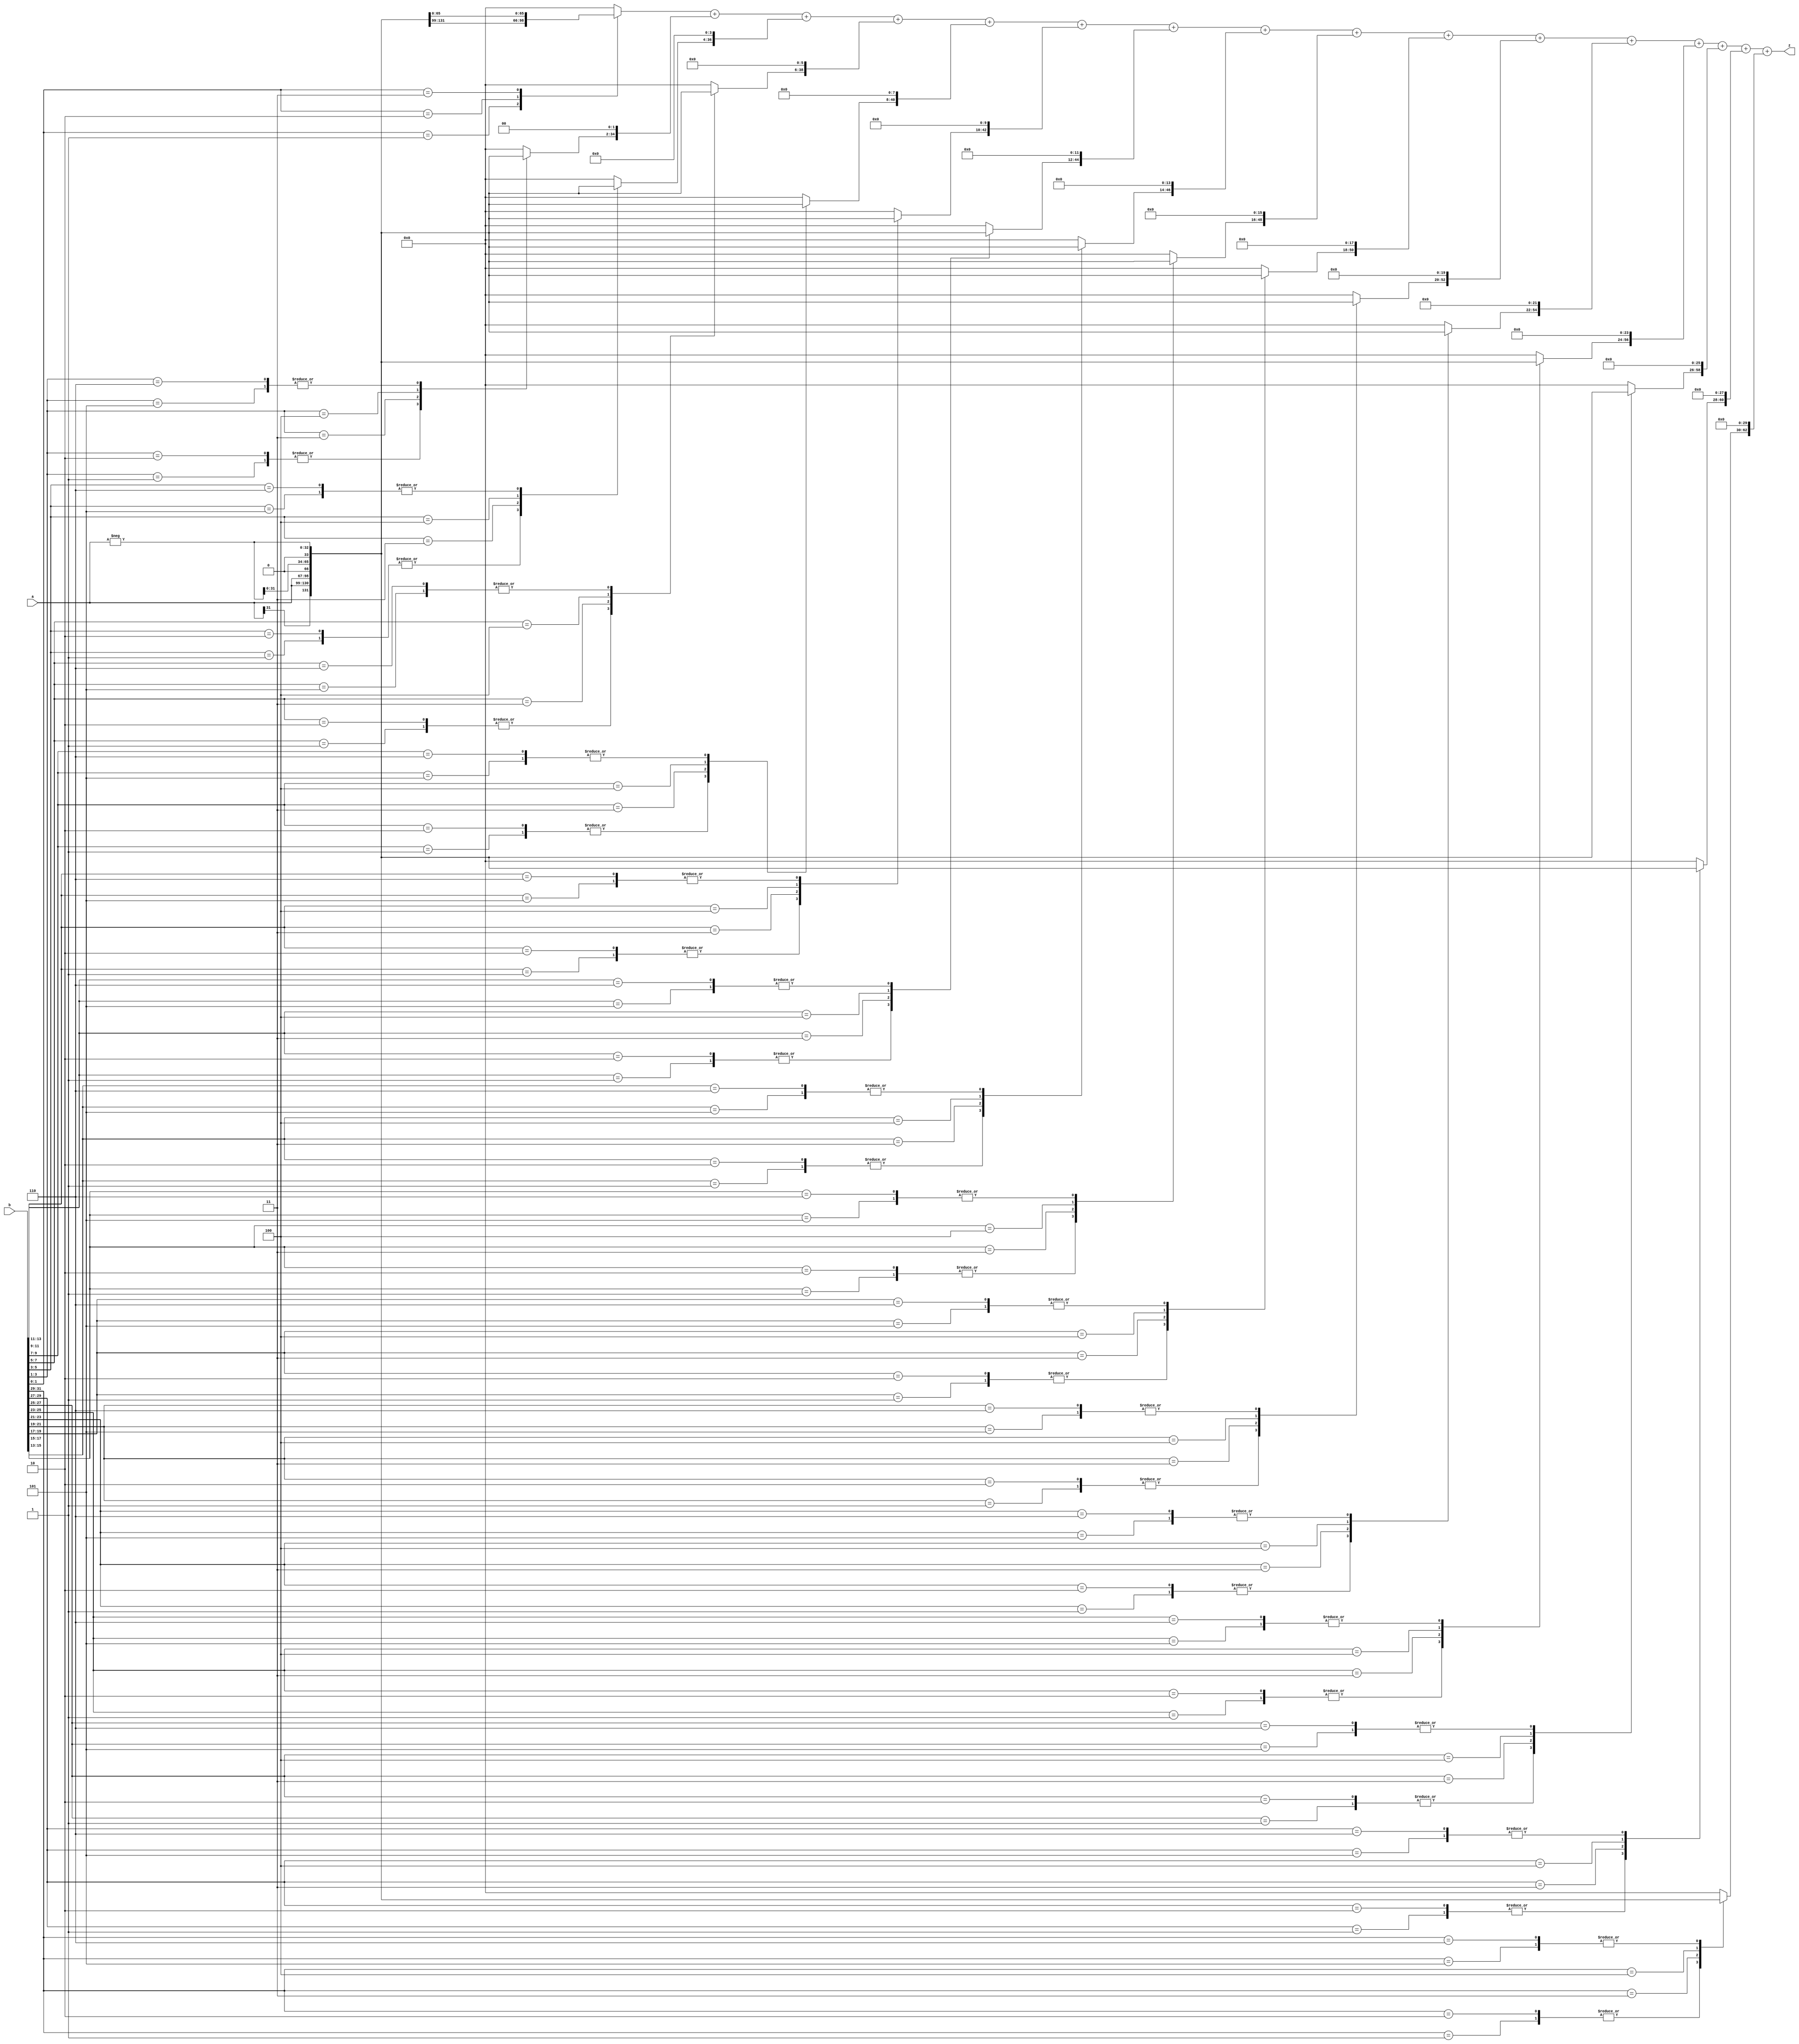
module multiplication_32_bit(input wire signed [31:0] a, b, output wire signed[32*2-1:0] z);
	reg signed [2:0] combBits[15:0];
	reg signed [32:0] partialProduct[15:0];
	reg signed [63:0] shiftedPartialP[15:0];
	reg signed [63:0] product;
	
	integer j,i;
	
	wire [32:0] inv_a;
	assign inv_a = -a;
	
	always @ (a or b or inv_a) 
	begin
		combBits[0] = {b[1], b[0], 1'b0};
		
		for (j=1; j <= 15; j = j+1)
			combBits[j] = {b[2*j+1], b[2*j], b[2*j-1]};
			
		for (j=0; j <= 15; j = j+1) 
		begin	
			case(combBits[j])
				3'b001 : partialProduct[j] = {a[31], a}; 
				3'b010 : partialProduct[j] = {a[31], a};
				3'b011 : partialProduct[j] = {a, 1'b0};
				3'b100 : partialProduct[j] = {inv_a[31:0], 1'b0};
				3'b101 : partialProduct[j] = inv_a; 
				3'b110 : partialProduct[j] = inv_a;
				default : partialProduct[j] = 0;
			endcase
			shiftedPartialP[j] = $signed(partialProduct[j]);
			
			for (i=0 ; i<j ; i = i + 1)
				shiftedPartialP[j] = {shiftedPartialP[j], 2'b00};
		end
	
		product = shiftedPartialP[0];
	
		for (j=1; j <= 15; j = j+1) begin
			product = product + shiftedPartialP[j];
		end
	end
	assign z = product;	
endmodule


/*
	always@(a or b) begin
		if(a[31] == 1'b1) begin
			absA = -a;
			absB = b;
		end
		else if(b[31] == 1'b1) begin
			absB = -b;
			absA = a;
		end
		else begin
			absA = a;
			absB = b;
		end 
	end
	*/
		//if(a[31] == 1'b1 || b[31] == 1'b1) begin
			//product = -product;
	   //end